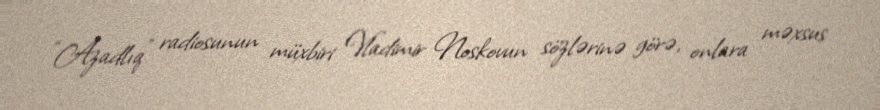
“Azadlıq” radiosunun müxbiri Vladimir Noskovun sözlərinə görə, onlara məxsus